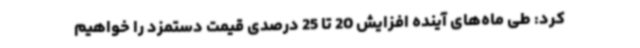
کرد: طی ماه‌های آینده افزایش 20 تا 25 درصدی قیمت دستمزد را خواهیم